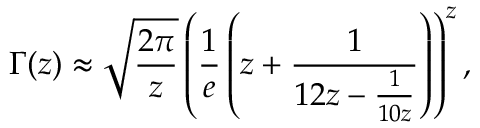
\Gamma ( z ) \approx { \sqrt { \frac { 2 \pi } { z } } } \left( { \frac { 1 } { e } } \left( z + { \frac { 1 } { 1 2 z - { \frac { 1 } { 1 0 z } } } } \right) \right) ^ { z } ,